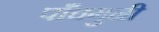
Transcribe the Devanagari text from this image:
पाँचगुनी